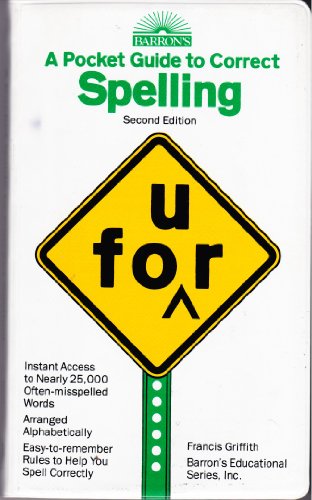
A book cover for A Pocket Guide to Correct Spelling (Barron's Educational Series); Francis Griffith; Reference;